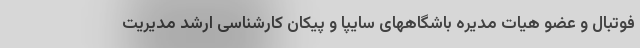
فوتبال و عضو هیات مدیره باشگاههای سایپا و پیکان کارشناسی ارشد مدیریت